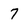
Character: 7